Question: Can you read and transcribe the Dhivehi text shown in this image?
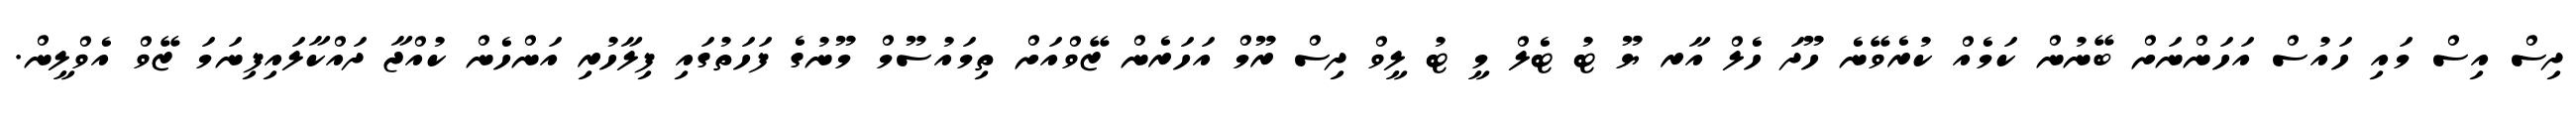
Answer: ދިސް އިސް މައި ހައުސް އަހަންނަށް ބޭނުން ކަމެއް ކުރެވޭނެ ހޫދަ ހެލް އާރ ޔޫ ޓު ޓެލް މީ ޓު ލީވް ދިސް ރޫމް އަހަރެން ޒޭވްއަށް ތިމައުސޫމް މޫނުގެ ފަހަތުގައި ފިލާހުރި އަންހެން ކުއްޖާ ދައްކާލައިފިނަމަ ޒޭވް އެވްލީން.